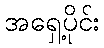
အရှေ့ပိုင်း